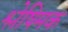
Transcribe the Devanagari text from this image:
श्लेषिमक